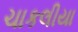
ચાકલીયા